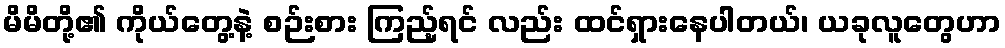
မိမိတို့၏ ကိုယ်တွေ့နဲ့ စဉ်းစား ကြည့်ရင် လည်း ထင်ရှားနေပါတယ်၊ ယခုလူတွေဟာ